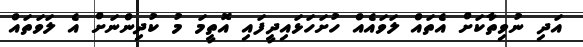
އަދި ނުވިތާކަށް އެތައް ލަވައެއް ހުށަހަޅައިދީފައި އޮތީމަ މު ކުދިންނަށް އެ ލަވަތައް